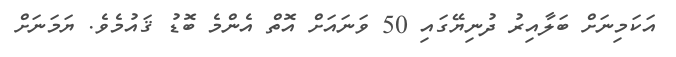
އަކަމިނަށް ބަލާއިރު ދުނިޔޭގައި 50 ވަނައަށް އޮތް އެންމެ ބޮޑު ޤައުމެވެ. ޔަމަނަށް